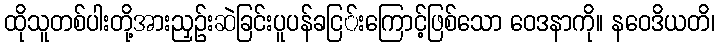
ထိုသူတစ်ပါးတို့အားညှဉ်းဆဲခြင်းပူပန်ခငြ်းကြောင့်ဖြစ်သော ဝေဒနာကို။ နဝေဒိယတိ၊